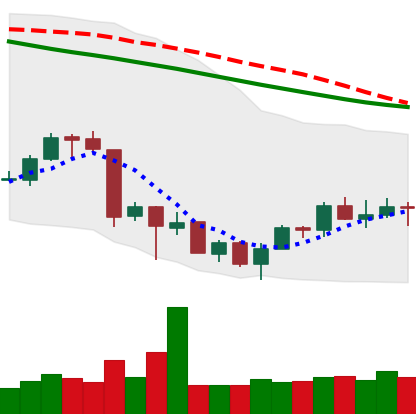
Ticker: ETH-USD
Chart end date: 2018-07-06
Forward return: -5.8%
Label: down_5_7